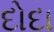
દોદા